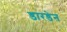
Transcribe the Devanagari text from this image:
डारडेन